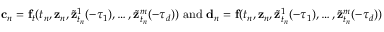
\mathbf { c } _ { n } = \mathbf { f } _ { t } ( t _ { n } , \mathbf { z } _ { n } , { \widetilde { \mathbf { z } } } _ { t _ { n } } ^ { 1 } ( - \tau _ { 1 } ) , \ldots , { \widetilde { \mathbf { z } } } _ { t _ { n } } ^ { m } ( - \tau _ { d } ) ) { \mathrm { ~ a n d ~ } } \mathbf { d } _ { n } = \mathbf { f ( } t _ { n } , \mathbf { z } _ { n } , { \widetilde { \mathbf { z } } } _ { t _ { n } } ^ { 1 } ( - \tau _ { 1 } ) , \ldots , { \widetilde { \mathbf { z } } } _ { t _ { n } } ^ { m } ( - \tau _ { d } ) )